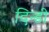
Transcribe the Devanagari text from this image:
दिन्डी